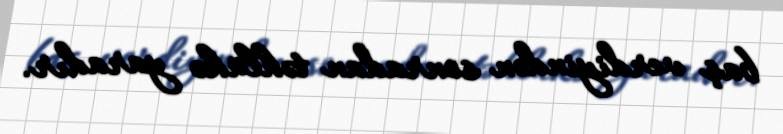
baş verdiyindən sonradan təhlükə yaradır.